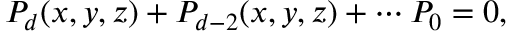
P _ { d } ( x , y , z ) + P _ { d - 2 } ( x , y , z ) + \cdots P _ { 0 } = 0 ,